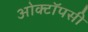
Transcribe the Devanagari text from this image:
ओक्टॉपसी